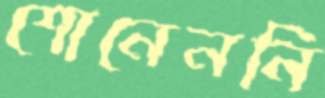
শোনেননি